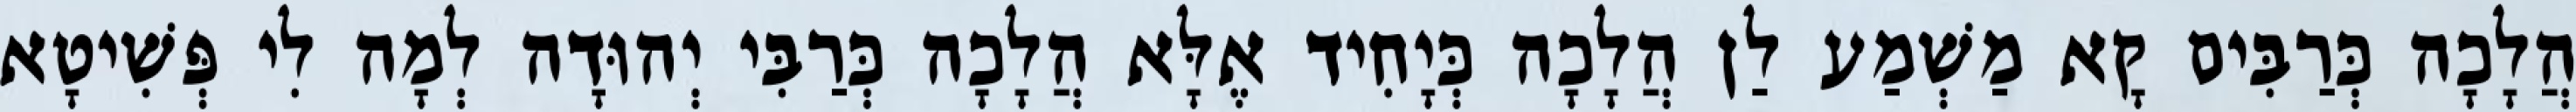
הֲלָכָה כְּרַבִּים קָא מַשְׁמַע לַן הֲלָכָה כְּיָחִיד אֶלָּא הֲלָכָה כְּרַבִּי יְהוּדָה לְמָה לִי פְּשִׁיטָא